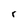
Character: r